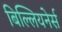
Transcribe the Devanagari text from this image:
बिल्लियनेर्स